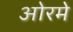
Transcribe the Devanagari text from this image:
ओरमे